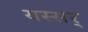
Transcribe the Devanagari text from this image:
यस्सर्